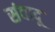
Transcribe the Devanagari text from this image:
संवादू